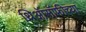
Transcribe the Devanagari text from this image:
थिऑसॉफीच्या